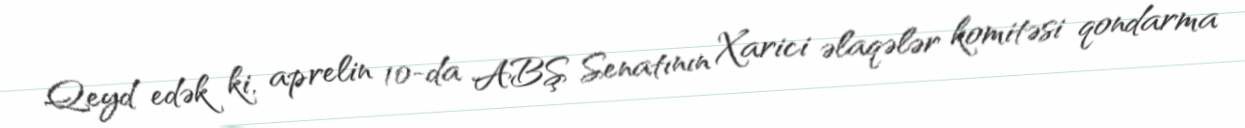
Qeyd edək ki, aprelin 10-da ABŞ Senatının Xarici əlaqələr komitəsi qondarma